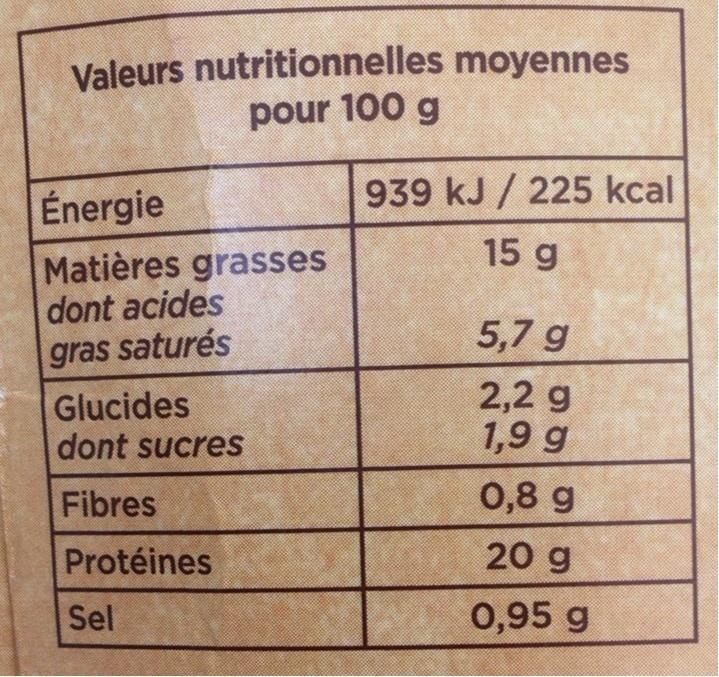
Valeurs nutritionnelles moyennes pour 100 g
Énergie
939 kJ / 225 kcal
15 g
Matières grasses dont acides
5,7 g
gras saturés
Glucides dont sucres
2,2 g 1,9 g
Fibres
0,8 g
Protéines
20 g
Sel
0,95 g